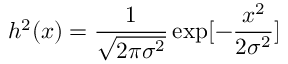
h ^ { 2 } ( x ) = \frac { 1 } { \sqrt { 2 \pi \sigma ^ { 2 } } } \exp [ { - \frac { x ^ { 2 } } { 2 \sigma ^ { 2 } } } ]